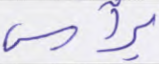
برأس